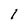
Character: 1